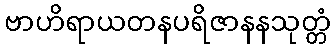
ဗာဟိရာယတနပရိဇာနနသုတ္တံ